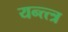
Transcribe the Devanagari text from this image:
यन्त्त्त्र